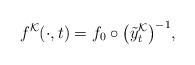
LaTeX: \begin{align*}f^\mathcal{K}(\cdot, t) = f_0 \circ \big(\tilde{y}_t^{\mathcal{K}}\big)^{-1},\end{align*}